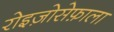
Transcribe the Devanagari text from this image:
रोइज़ोसेफ़ाला